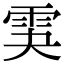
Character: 𩂃